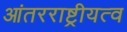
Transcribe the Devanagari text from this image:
आंतरराष्ट्रीयत्व